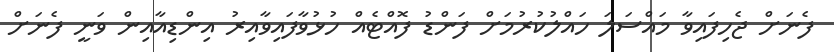
ފެނަށް ޖެހިފައިވާ މައްސަލަ ހައްލުކުރުމަށް ފަންޑު ފޮއްޓެއް ހުޅުވާފައިވާއިރު އިންޑިއާއިން ވަނީ ފެނަށް